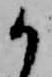
か